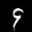
Label: 9